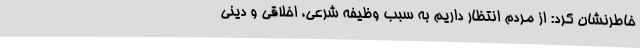
خاطرنشان کرد: از مردم انتظار داریم به سبب وظیفه شرعی، اخلاقی و دینی